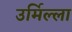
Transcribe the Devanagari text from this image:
उर्मिल्ला